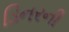
ડિનરની